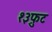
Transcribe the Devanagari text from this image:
१३फ़ुट